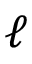
\ell